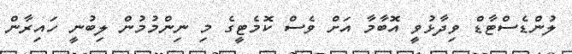
ލުންޑެސްޓާޑް ވިދާޅުވީ އޮބާމާ އަށް ވެސް ކޮމެޓީގެ މި ނިންމުމުން ލިބުނީ ހައިރާން